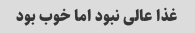
غذا عالی نبود اما خوب بود